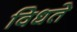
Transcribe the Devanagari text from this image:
विधते